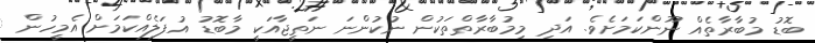
ބޮޑު މުބާރާތެއް ނޫންކަމަށެވެ. އަދި މިމުބާރާތްތަކުން ނުކުންނަ ނަތީޖާއަކީ މާބޮޑު އުފަލެއްކަމަށް އެމީހުން